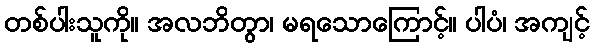
တစ်ပါးသူကို။ အလဘိတွာ၊ မရသောကြောင့်။ ပါပံ၊ အကျင့်